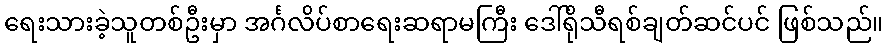
ရေးသားခဲ့သူတစ်ဦးမှာ အင်္ဂလိပ်စာရေးဆရာမကြီး ဒေါ်ရိုသီရစ်ချတ်ဆင်ပင် ဖြစ်သည်။